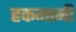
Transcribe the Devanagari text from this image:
हकमानी